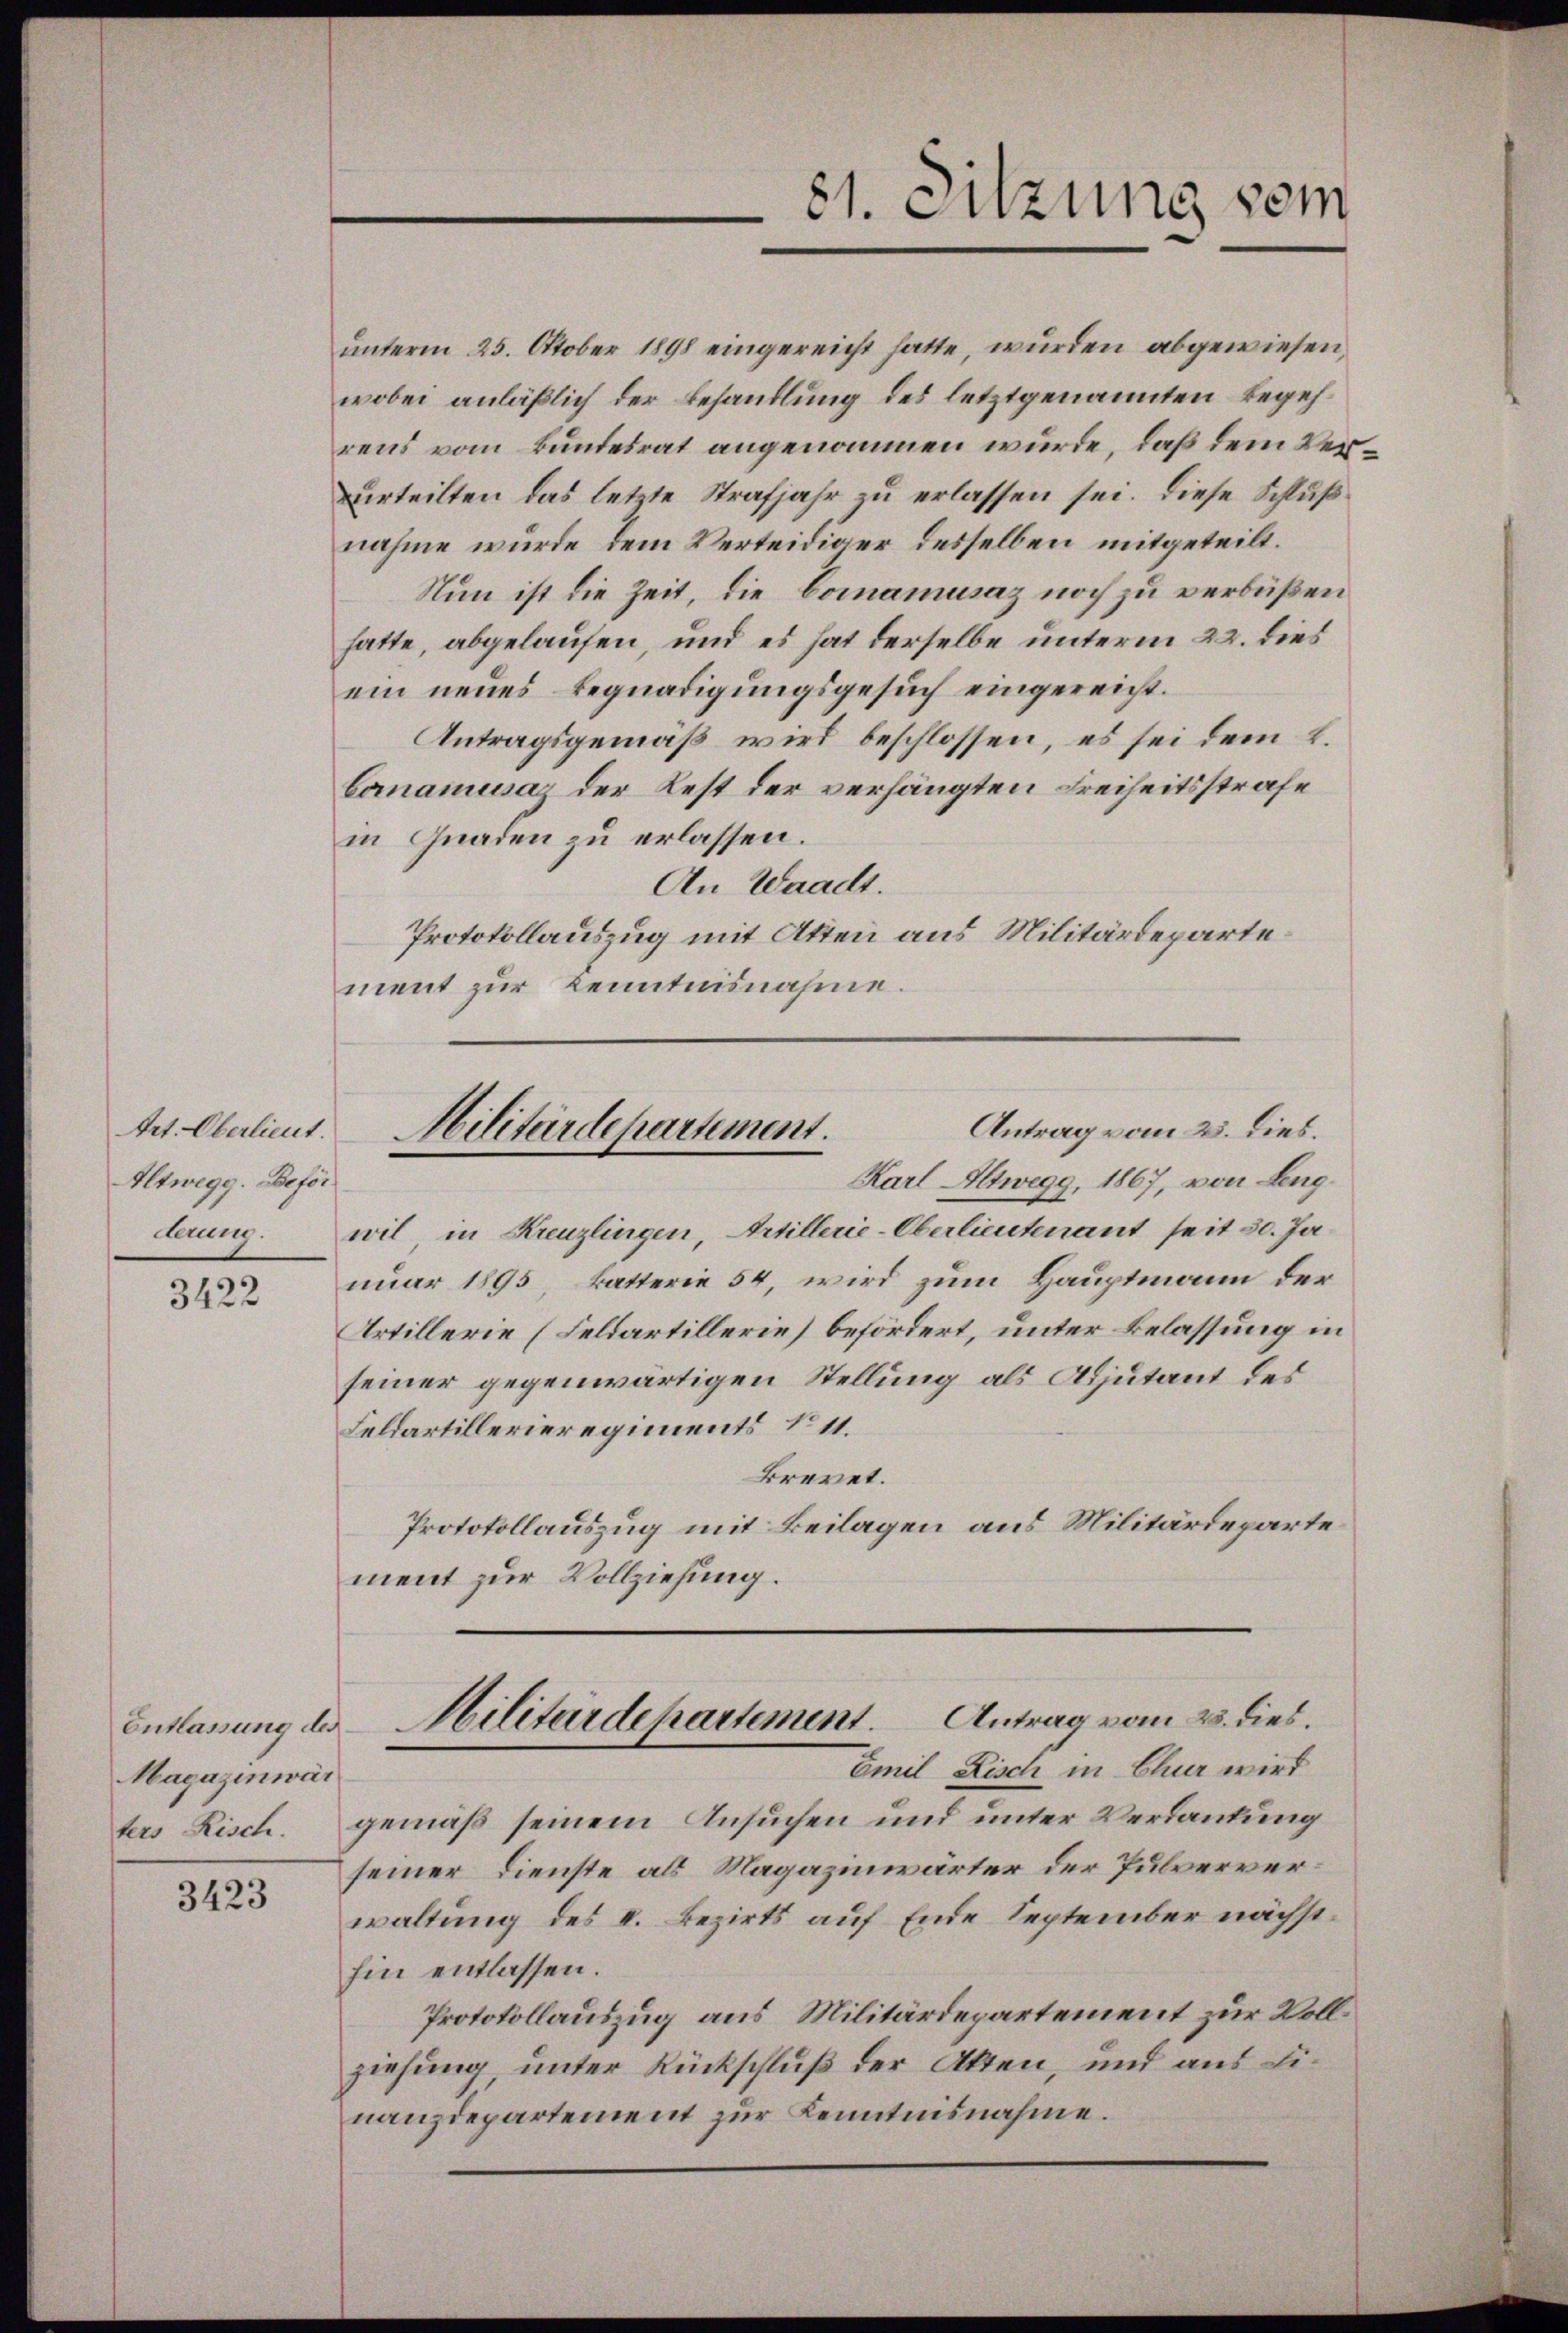
Art. Oberlieut.
Altwegg. Beför
derung.

3422

Entlassung des
Magazinwär
ters Risch.

3423

unterm 25. Oktober 1898 eingereicht hatte, wurden abgewiesen,
wobei anläßlich der Behandlung des letztgenannten Begehrens vom Bundesrat angenommen wurde, daß dem Ververteilten das letzte Strafjahr zu erlassen sei. Diese Schluß
nahme wurde dem Verteidiger desselben mitgeteilt.
Nun ist die Zeit, die Comamusaz noch zu verbüßen
hatte, abgelaufen, und es hat derselbe unterm 22. dies
ein neues Begnadigungsgesuch eingereicht.
Antragsgemäß wird beschlossen, es sei dem L.
Comamusaz der Rest der verhängten Freiheitsstrafe
in Gnaden zu erlassen.
An Waadt.
Protokollauszug mit Atten aus Militärdepartement zur Kenntnisnahme.

wil, in Kreuzlingen, Artillerie-Oberlieutenant seit 30. Ja
nuar 1895, katterie 54, wird zum Hauptmann der
Artillerie (Feldartillerie) befördert, unter Belassung in
seiner gegenwärtigen Stellung als Adjutant des
Feldartillerieregiments No 11.
Brevet.
Protokollauszug mit Beilagen aus Militärdeparte
ment zur Vollziehung.

gemäß seinem Ansuchen und unter Verdankung
seiner Dienste als Magazinwärter der Pulververwaltung des I. Bezirks auf Ende September nächsthin entlassen.
Protokollauszug aus Militärdepartement zur Vollziehung, unter Rückschluß der Akten, und aus Finanzdepartement zur Kenntnisnahme.

81. Sitzung vom

Antrag vom 23. dies.
Militärdepartement.
Karl Altwegg, 1867, von Leng¬

Antrag vom 25. dies.
Militärdepartement.
Emil Fisch in Chur wird